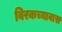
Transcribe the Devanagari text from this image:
विरकच्यावास